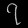
Digit: ၇